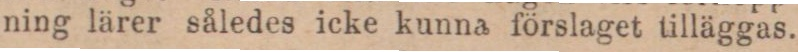
ning lärer således icke kunna förslaget tilläggas.